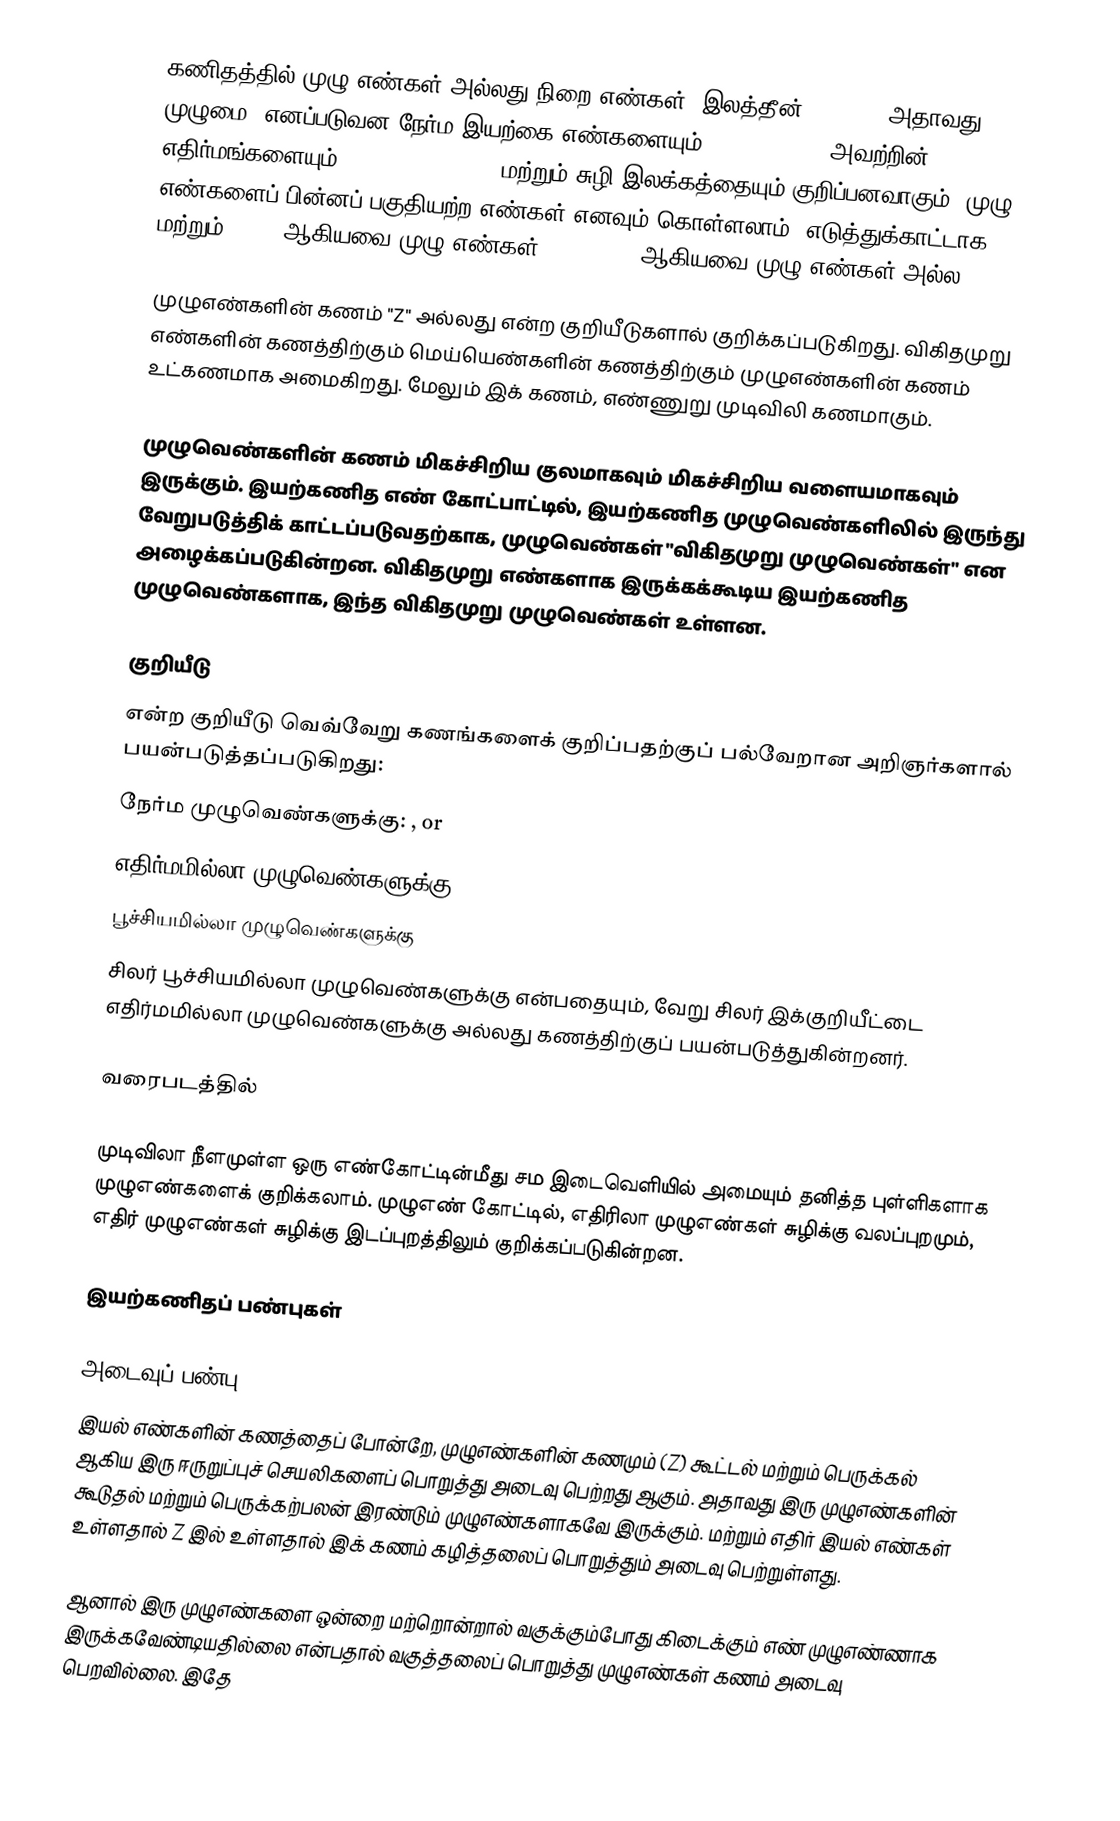
கணிதத்தில் முழு எண்கள் அல்லது நிறை எண்கள் (இலத்தீன்: integer அதாவது முழுமை) எனப்படுவன நேர்ம இயற்கை எண்களையும் (1, 2, 3, …), அவற்றின் எதிர்மங்களையும் (−1, −2, −3, ...) மற்றும் சுழி இலக்கத்தையும் குறிப்பனவாகும். முழு எண்களைப் பின்னப் பகுதியற்ற எண்கள் எனவும் கொள்ளலாம். எடுத்துக்காட்டாக 13, 9, மற்றும் −1204 ஆகியவை முழு எண்கள்; 1.25, 5½,  ஆகியவை முழு எண்கள் அல்ல.

முழுஎண்களின் கணம் "Z" அல்லது  என்ற குறியீடுகளால் குறிக்கப்படுகிறது. விகிதமுறு எண்களின் கணத்திற்கும் மெய்யெண்களின் கணத்திற்கும் முழுஎண்களின் கணம் உட்கணமாக அமைகிறது. மேலும் இக் கணம், எண்ணுறு முடிவிலி கணமாகும்.

முழுவெண்களின் கணம் மிகச்சிறிய குலமாகவும் மிகச்சிறிய வளையமாகவும் இருக்கும். இயற்கணித எண் கோட்பாட்டில், இயற்கணித முழுவெண்களிலில் இருந்து வேறுபடுத்திக் காட்டப்படுவதற்காக, முழுவெண்கள் "விகிதமுறு முழுவெண்கள்" என அழைக்கப்படுகின்றன. விகிதமுறு எண்களாக இருக்கக்கூடிய இயற்கணித முழுவெண்களாக, இந்த விகிதமுறு முழுவெண்கள் உள்ளன.

குறியீடு
 என்ற குறியீடு வெவ்வேறு கணங்களைக் குறிப்பதற்குப் பல்வேறான அறிஞர்களால் பயன்படுத்தப்படுகிறது:
நேர்ம முழுவெண்களுக்கு: ,  or
எதிர்மமில்லா முழுவெண்களுக்கு
பூச்சியமில்லா முழுவெண்களுக்கு
சிலர் பூச்சியமில்லா முழுவெண்களுக்கு  என்பதையும், வேறு சிலர் இக்குறியீட்டை எதிர்மமில்லா முழுவெண்களுக்கு அல்லது  கணத்திற்குப் பயன்படுத்துகின்றனர்.

வரைபடத்தில்

முடிவிலா நீளமுள்ள ஒரு எண்கோட்டின்மீது சம இடைவெளியில் அமையும் தனித்த புள்ளிகளாக முழுஎண்களைக் குறிக்கலாம். முழுஎண் கோட்டில், எதிரிலா முழுஎண்கள் சுழிக்கு வலப்புறமும், எதிர் முழுஎண்கள் சுழிக்கு இடப்புறத்திலும் குறிக்கப்படுகின்றன.

இயற்கணிதப் பண்புகள்

அடைவுப் பண்பு
இயல் எண்களின் கணத்தைப் போன்றே, முழுஎண்களின் கணமும் (Z) கூட்டல் மற்றும் பெருக்கல் ஆகிய இரு ஈருறுப்புச் செயலிகளைப் பொறுத்து அடைவு பெற்றது ஆகும். அதாவது இரு முழுஎண்களின் கூடுதல் மற்றும் பெருக்கற்பலன் இரண்டும் முழுஎண்களாகவே இருக்கும்.   மற்றும் எதிர் இயல் எண்கள் உள்ளதால் Z இல் உள்ளதால் இக் கணம் கழித்தலைப் பொறுத்தும் அடைவு பெற்றுள்ளது.

ஆனால் இரு முழுஎண்களை ஒன்றை மற்றொன்றால் வகுக்கும்போது கிடைக்கும் எண் முழுஎண்ணாக இருக்கவேண்டியதில்லை என்பதால் வகுத்தலைப் பொறுத்து முழுஎண்கள் கணம் அடைவு பெறவில்லை. இதே